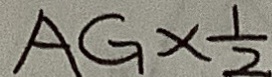
A G \times \frac { 1 } { 2 }